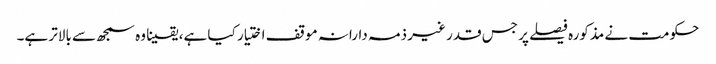
حکومت نے مذکورہ فیصلے پر جس قدر غیر ذمہ دارانہ موقف اختیار کیا ہے، یقینا وہ سمجھ سے بالاتر ہے۔